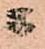
ニ